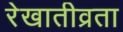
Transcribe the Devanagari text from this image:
रेखातीव्रता